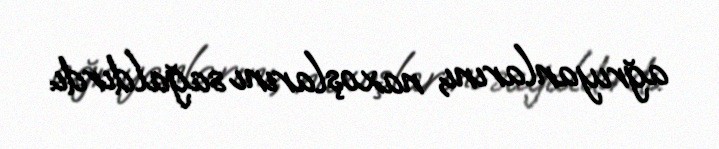
ağrıyanlarını, naxoşlarını sağaldırdı.